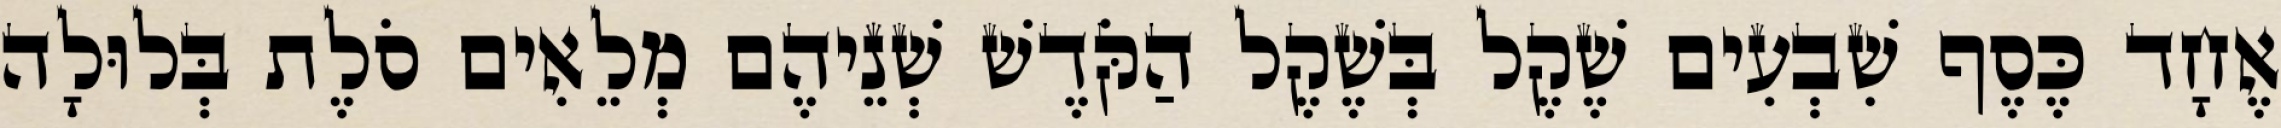
אֶחָד כֶּסֶף שִׁבְעִים שֶׁקֶל בְּשֶׁקֶל הַקֹּדֶשׁ שְׁנֵיהֶם מְלֵאִים סֹלֶת בְּלוּלָה